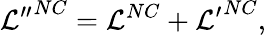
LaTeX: {{\cal L}^{\prime\prime}}^{NC}={\cal L}^{NC}+{{\cal L}^{\prime}}^{NC},